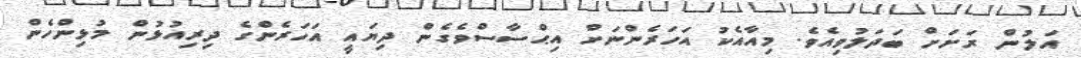
އަލުން ރަށަށް ބަދަލުވިއެވެ. މިއާއެކު އަހަރެންނަށް އިޙްސާސްވެގެން ދިޔައީ އަހަރެންގެ ދިރިއުޅުން މުޅިންހެން